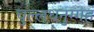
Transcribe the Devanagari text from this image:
चुल्लधनुग्गह